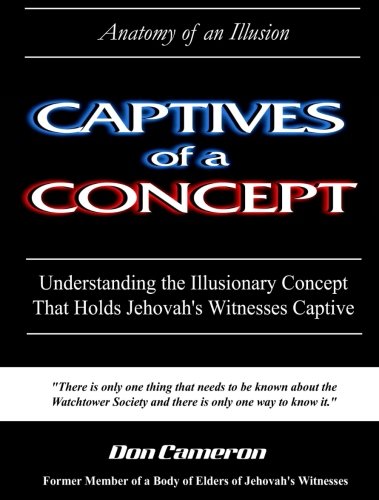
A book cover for Captives of a Concept (Anatomy of an Illusion); Don Cameron; Christian Books & Bibles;